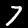
Label: 7